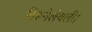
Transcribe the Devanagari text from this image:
तिरूनेलेवली।